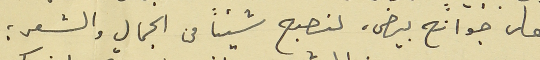
على جوانح بيض، لنصبح شيئاً من الجمال والشعر؛